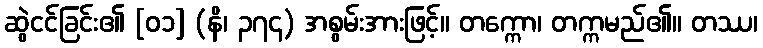
ဆွဲငင်ခြင်း၏ [၀၁] (နိ၊ ၃၇၄) အစွမ်းအားဖြင့်။ တက္ကော၊ တက္ကမည်၏။ တဿ၊